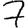
Digit: 7